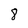
Character: 8